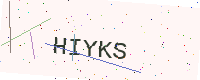
Text: HIYKS